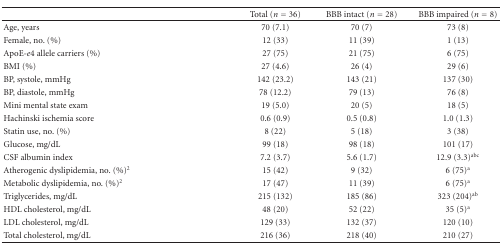
<table><thead><tr><td></td><td><b>Total (<i>n</i> = 36)</b></td><td><b>BBB intact (<i>n</i> = 28)</b></td><td><b>BBB impaired (<i>n</i> = 8)</b></td></tr></thead><tbody><tr><td>Age, years</td><td>70 (7.1)</td><td>70 (7)</td><td>73 (8)</td></tr><tr><td>Female, no. (%)</td><td>12 (33)</td><td>11 (39)</td><td>1 (13)</td></tr><tr><td>ApoE<i>-e</i>4 allele carriers (%)</td><td>27 (75)</td><td>21 (75)</td><td>6 (75)</td></tr><tr><td>BMI (%)</td><td>27 (4.6)</td><td>26 (4)</td><td>29 (6)</td></tr><tr><td>BP, systole, mmHg</td><td>142 (23.2)</td><td>143 (21)</td><td>137 (30)</td></tr><tr><td>BP, diastole, mmHg</td><td>78 (12.2)</td><td>79 (13)</td><td>76 (8)</td></tr><tr><td>Mini mental state exam</td><td>19 (5.0)</td><td>20 (5)</td><td>18 (5)</td></tr><tr><td>Hachinski ischemia score</td><td>0.6 (0.9)</td><td>0.5 (0.8)</td><td>1.0 (1.3)</td></tr><tr><td>Statin use, no. (%)</td><td>8 (22)</td><td>5 (18)</td><td>3 (38)</td></tr><tr><td>Glucose, mg/dL</td><td>99 (18)</td><td>98 (18)</td><td>101 (17)</td></tr><tr><td>CSF albumin index</td><td>7.2 (3.7)</td><td>5.6 (1.7)</td><td>12.9 (3.3)<sup>abc</sup></td></tr><tr><td>Atherogenic dyslipidemia, no. (%)<sup>2</sup></td><td>15 (42)</td><td>9 (32)</td><td>6 (75)<sup>a</sup></td></tr><tr><td>Metabolic dyslipidemia, no. (%)<sup>2</sup></td><td>17 (47)</td><td>11 (39)</td><td>6 (75)<sup>a</sup></td></tr><tr><td>Triglycerides, mg/dL</td><td>215 (132)</td><td>185 (86)</td><td>323 (204)<sup>ab</sup></td></tr><tr><td>HDL cholesterol, mg/dL</td><td>48 (20)</td><td>52 (22)</td><td>35 (5)<sup>a</sup></td></tr><tr><td>LDL cholesterol, mg/dL</td><td>129 (33)</td><td>132 (37)</td><td>120 (10)</td></tr><tr><td>Total cholesterol, mg/dL</td><td>216 (36)</td><td>218 (40)</td><td>210 (27)</td></tr></tbody></table>